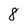
Character: 8